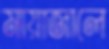
মায়াজালে